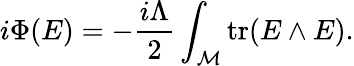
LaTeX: i\Phi(E)=-{\frac{i\Lambda}{2}}\int_{\cal M}\mathrm{tr}(E\wedge E).